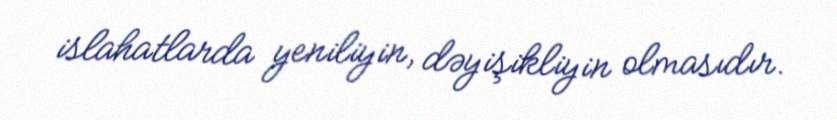
islahatlarda yeniliyin, dəyişikliyin olmasıdır.